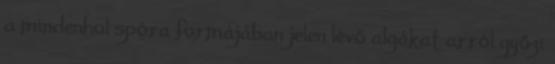
a mindenhol spóra formájában jelen lévő algákat arról győzi